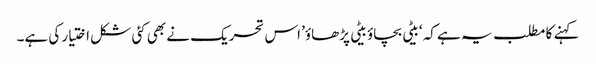
کہنے کا مطلب یہ ہے کہ ‘بیٹی بچاؤ بیٹی پڑھاؤ’ اس تحریک نے بھی کئی شکل اختیار کی ہے۔